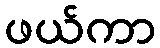
ဖယ်ကာ